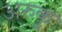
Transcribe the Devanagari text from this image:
अरुकु